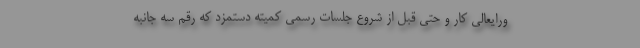
ورایعالی کار و حتی قبل از شروع جلسات رسمی کمیته دستمزد که رقم سه جانبه